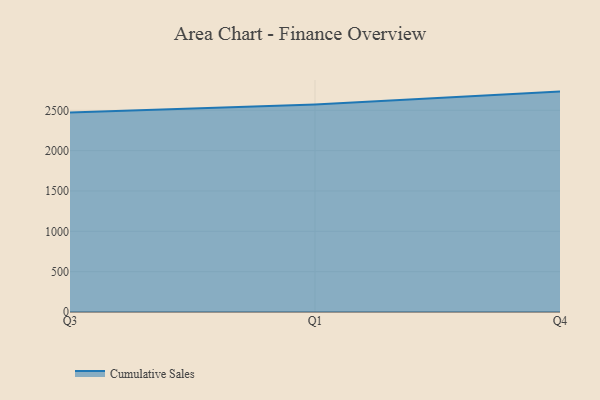
{"axis": {"x": "Quarter", "y": "Backlog"}, "legend": ["Cumulative Sales"], "data": [{"x": "Q3", "y": 2472.3, "type": "Cumulative Sales"}, {"x": "Q1", "y": 2572.8, "type": "Cumulative Sales"}, {"x": "Q4", "y": 2731.9, "type": "Cumulative Sales"}]}